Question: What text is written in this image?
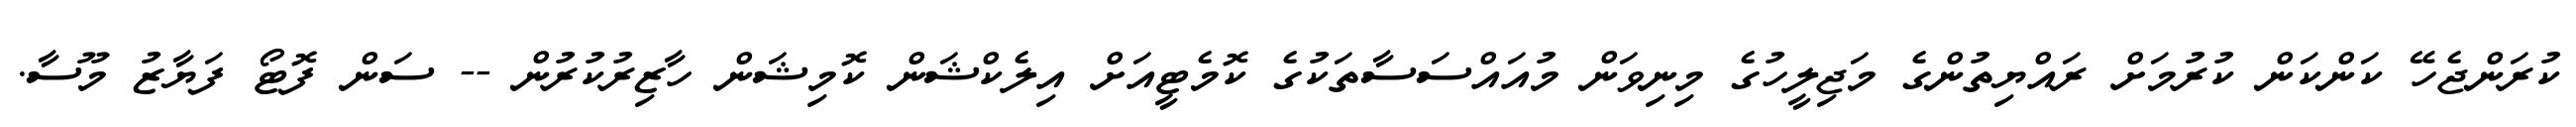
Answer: ކުރަންޖެހޭ ކަންކަން ކުރުމަށް ރައްޔިތުންގެ މަޖިލީހުގެ މިނިވަން މުއައްސަސާތަކުގެ ކޮމެޓީއަށް އިލެކްޝަން ކޮމިޝަން ހާޒިރުކުރުން -- ސަން ފޮޓޯ ފަޔާޒު މޫސާ.